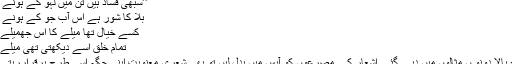
’’سبھی فساد ہیں تن میں لہو کے ہونے سے
بلا کا شور ہے اس آب جو کے ہونے سے
کسے خیال تھا میلے کا اس جھمیلے میں
تمام خلق اسے دیکھتی تھی میلے میں
درج بالا دونو ں مثالوں میں دیے گئے اشعار کے مصرعوں کو آپس میں بدل لیں تو بھی شعری معنویت اپنی جگہ اسی طرح برقراررہتی ہے۔